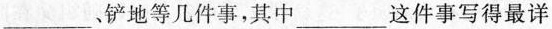
___、铲地等几件事，其中___这件事写得最详